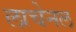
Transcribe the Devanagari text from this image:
लाचेनल